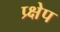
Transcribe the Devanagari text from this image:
प्र्क्षेप